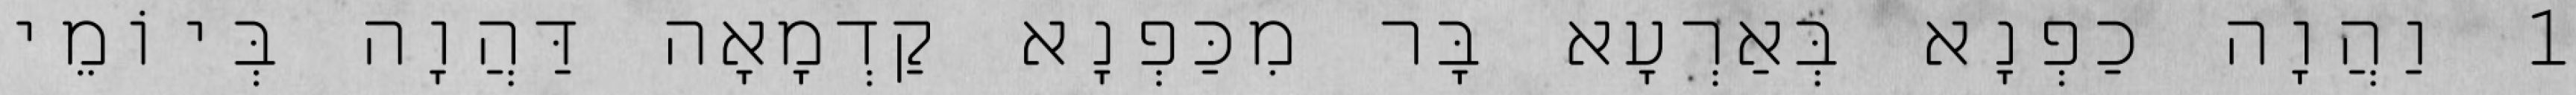
1 וַהֲוָה כַפְנָא בְּאַרְעָא בָּר מִכַּפְנָא קַדְמָאָה דַּהֲוָה בְּיוֹמֵי